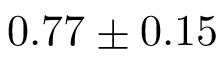
0 . 7 7 \pm 0 . 1 5